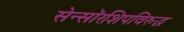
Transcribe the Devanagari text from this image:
सेन्सॉरशिपविरुद्ध